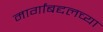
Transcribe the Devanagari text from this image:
मार्गांबद्दलच्या